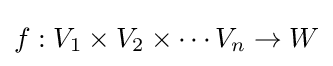
f:V_{1}\times V_{2}\times \cdots V_{n}\to W